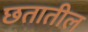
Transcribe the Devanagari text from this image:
छतातील